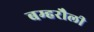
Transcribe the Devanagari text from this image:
बम्हरौली